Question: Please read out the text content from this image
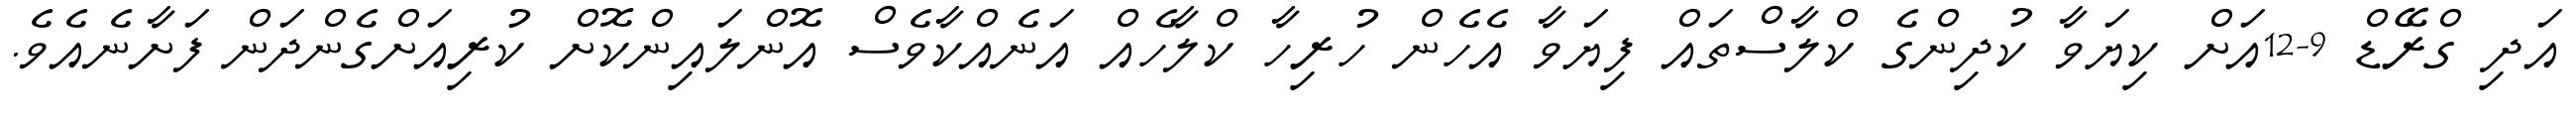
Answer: އަދި ގްރޭޑް 9-12އަށް ކިޔަވާ ކުދިންގެ ކްލާސްތައް ފިޔަވާ އެހެން ހުރިހާ ކްލާހެއް އަނެއްކާވެސް އޮންލައިންކޮށް ކުރިއަށްގެންދަން ފަށާނެއެވެ.